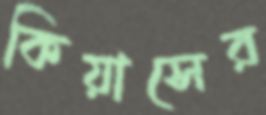
কিয়াসের